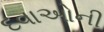
દવાઓની